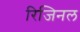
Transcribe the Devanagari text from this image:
रिजिनल